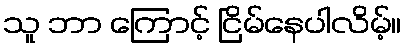
သူ ဘာ ကြောင့် ငြိမ်နေပါလိမ့်။